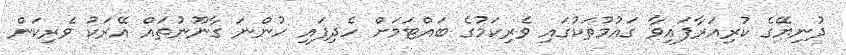
ދުނިޔޭގެ ކުރިއަރާފައިވާ ގައުމުތަކުގައި ވެރިކަމުގެ ބައްޓަމަށް ހެދިފައި ހުންނަ ގާނޫނުތައް އޭރަކު ވެރިކަން